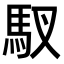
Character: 𫘅